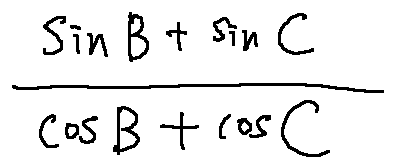
\frac { \sin B + \sin C } { \cos B + \cos C }